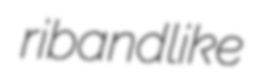
ribandlike